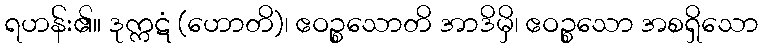
ရဟန်း၏။ ဒုက္ကဋံ (ဟောတိ)၊ ဧဝဉ္စသောတိ အာဒိမှိ၊ ဧဝဉ္စသော အစရှိသော